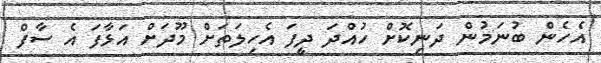
އެހެން ބުނަމުން ދަނިކޮށް ހުއްދަ ދީފަ އެހިލަތަށް މޫދަށް އަޅާފަ އެ ސާފް